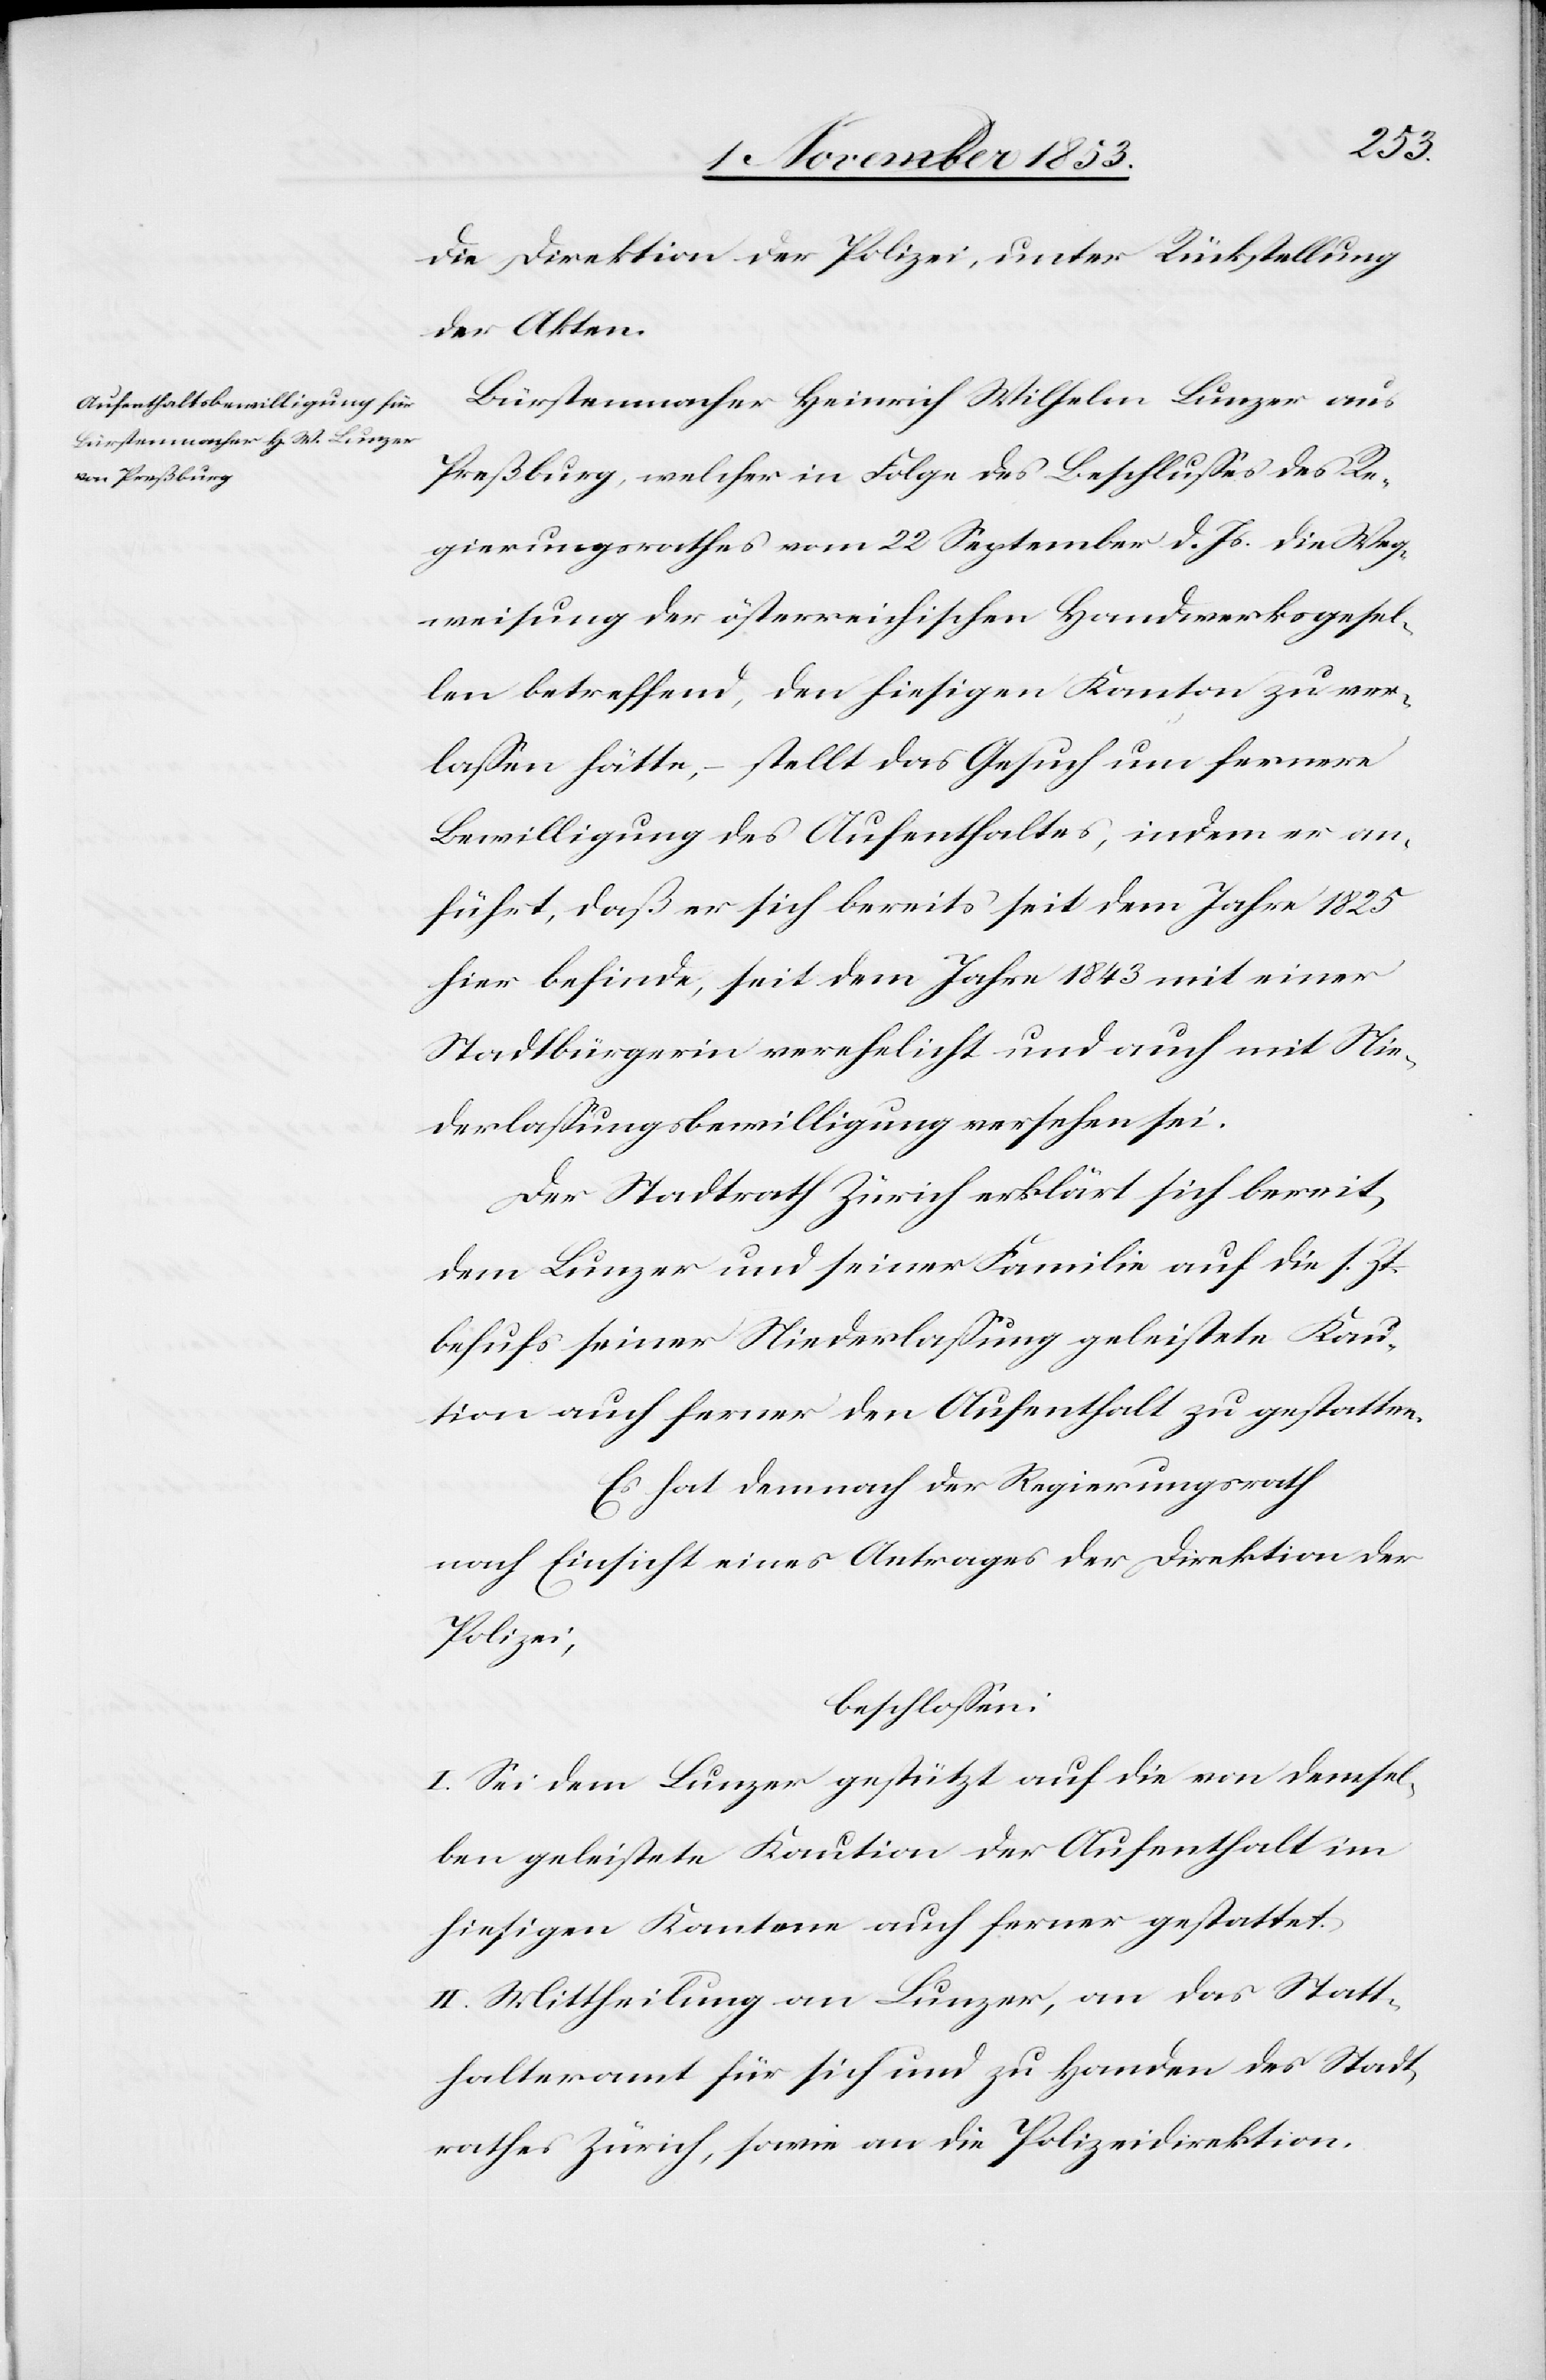
die Direktion der Polizei, unter Rückstellung
der Akten.
Bürstenmacher Heinrich Wilhelm Lunzer aus
Preßburg, welcher in Folge des Beschlußes des Re¬
gierungsrathes vom 22 September d. Js. die Weg¬
weisung der österreichischen Handwerksgesel¬
len betreffend, den hiesigen Kanton zu ver¬
laßen hätte, – stellt das Gesuch um fernere
Bewilligung des Aufenthaltes, indem er an¬
führt, daß er sich bereits seit dem Jahre 1825
hier befinde, seit dem Jahre 1843 mit einer
Stadtbürgerin verehelicht und auch mit Nie¬
derlaßungsbewilligung versehen sei.
Der Stadtrath Zürich erklärt sich bereit,
dem Lunzer und seiner Familie auf die s. Zt.
behufs seiner Niederlaßung geleistete Kau¬
tion auch ferner den Aufenthalt zu gestatten.
Es hat demnach der Regierungsrath
nach Einsicht eines Antrages der Direktion der
Polizei,
beschloßen:
I. Sei dem Lunzer gestützt auf die von demsel¬
ben geleistete Kaution der Aufenthalt im
hiesigen Kanton auch ferner gestattet.
II. Mittheilung an Lunzer, an das Statt¬
halteramt für sich und zu Handen des Stadt¬
rathes Zürich, sowie an die Polizeidirektion.